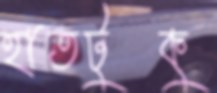
হাতটুকু